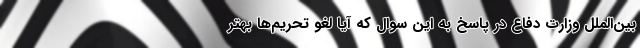
بین‌الملل وزارت دفاع در پاسخ به این سوال که آیا لغو تحریم‌ها بهتر